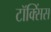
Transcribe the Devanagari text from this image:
टॉक्सिंस